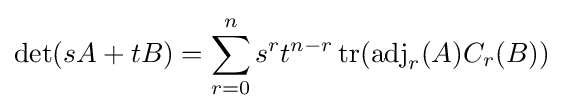
\det(sA+tB)=\sum _{r=0}^{n}s^{r}t^{n-r}\operatorname {tr} (\operatorname {adj} _{r}(A)C_{r}(B))